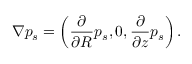
\nabla p _ { s } = \left( \frac { \partial } { \partial R } p _ { s } , 0 , \frac { \partial } { \partial z } p _ { s } \right) .